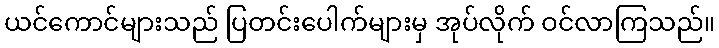
ယင်ကောင်များသည် ပြတင်းပေါက်များမှ အုပ်လိုက် ဝင်လာကြသည်။